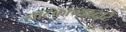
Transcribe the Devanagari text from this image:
नाटकांच्याद्वारे